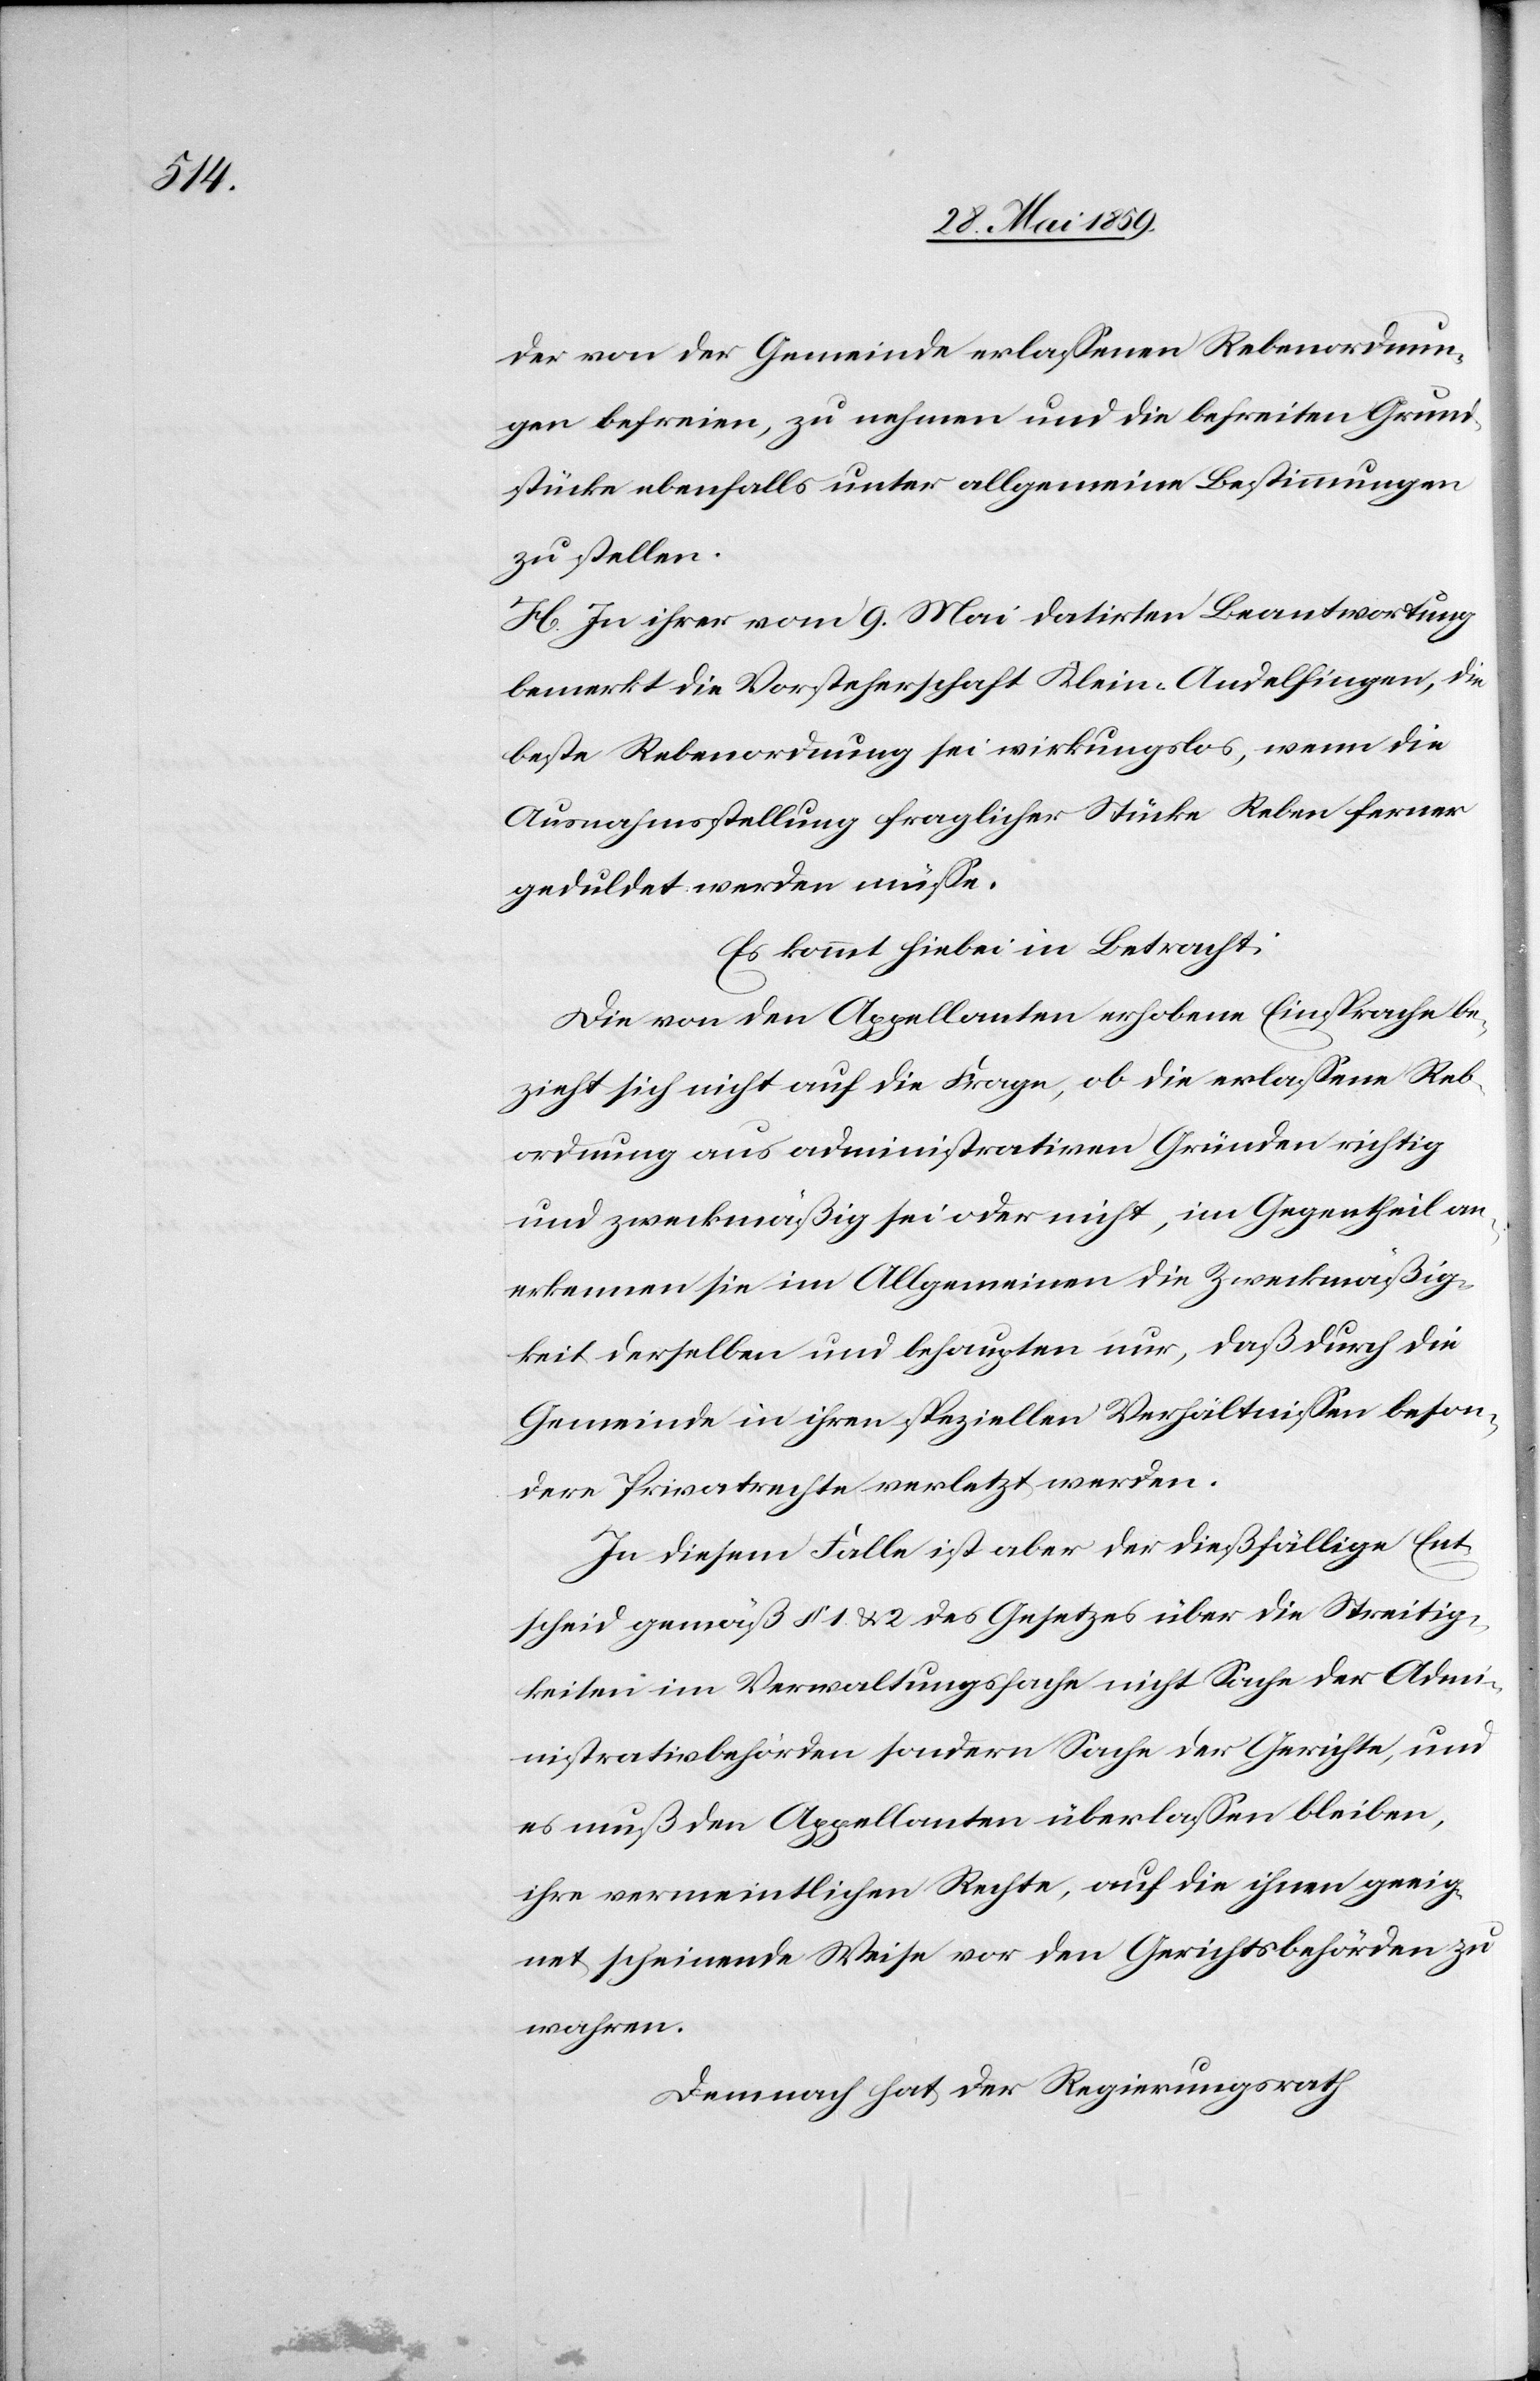
der von der Gemeinde erlassenen Rebenordnun¬
gen befreien, zu nehmen und die befreiten Grund¬
stücke ebenfalls unter allgemeine Bestimmungen
zu stellen.
H. In ihrer vom 9. Mai datirten Beantwortung
bemerkt die Vorsteherschaft Klein-Andelfingen, die
beste Rebenordnung sei wirkungslos, wenn die
Ausnahmsstellung fraglicher Stücke Reben ferner
geduldet werden müsse.
Es kommt hiebei in Betracht:
Die von den Appellanten erhobene Einsprache be¬
zieht sich nicht auf die Frage, ob die erlassene Reb¬
ordnung aus administrativen Gründen richtig
und zweckmäßig sei oder nicht, im Gegentheil an¬
erkennen sie im Allgemeinen die Zweckmäßig¬
keit derselben und behaupten nur, daß durch die
Gemeinde in ihren speziellen Verhältnissen beson¬
dere Privatrechte verletzt werden.
In diesem Falle ist aber der dießfällige Ent¬
scheid gemäß § 1 u. 2 des Gesetzes über die Streitig¬
keiten im Verwaltungsfache nicht Sache der Adm¬
inistrativbehörden sondern Sache der Gerichte, und
es muß den Appellanten überlassen bleiben,
ihre vermeintlichen Rechte, auf die ihnen geeig¬
net scheinende Weise vor den Gerichtsbehörden zu
wahren.
Demnach hat der Regierungsrath